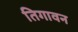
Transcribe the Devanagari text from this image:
तिगावन